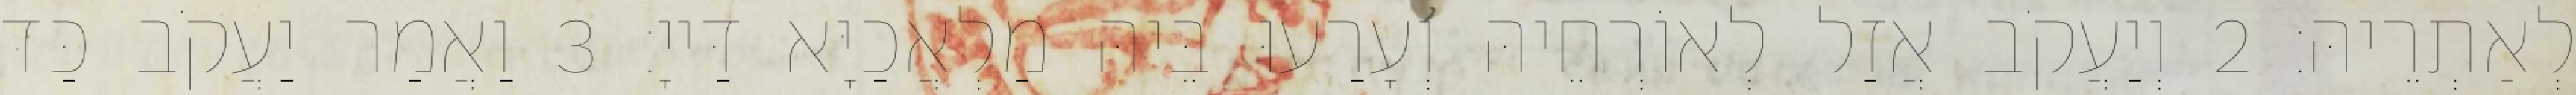
לְאַתְרֵיהּ׃ 2 וְיַעֲקֹב אֲזַל לְאוֹרְחֵיהּ וְעָרַעוּ בֵּיהּ מַלְאֲכַיָּא דַּייָ׃ 3 וַאֲמַר יַעֲקֹב כַּד